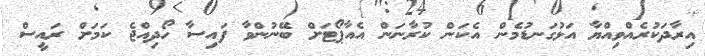
އިރާދަކުރެއްވިއްޔާ އަޅުގަނޑުމެން އެކަން ކުރާނަން އެއާޕޯޓަަށް ބޭނުންވާ ފައިސާ ހޯދިއްޖެ ކަމަށް ރައީސް